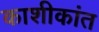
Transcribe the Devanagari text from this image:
काशीकांत